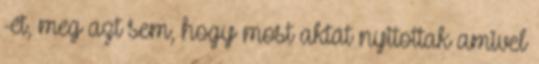
-ét, meg azt sem, hogy most aktát nyitottak amivel